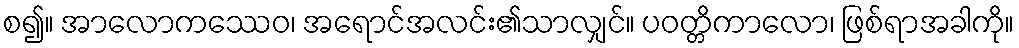
စ၍။ အာလောကဿေဝ၊ အရောင်အလင်း၏သာလျှင်။ ပဝတ္တိကာလော၊ ဖြစ်ရာအခါကို။